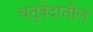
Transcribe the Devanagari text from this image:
चतुर्वेदातील